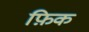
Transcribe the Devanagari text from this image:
फ़िक